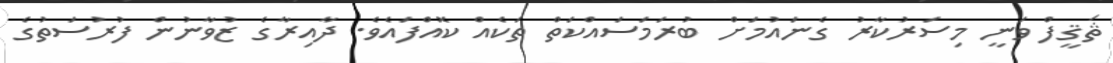
ޘަޤީފް ވަނީ މިސަރުކާރު ގެނައުމަށް ބުރަމަސައްކަތް ތަކެއް ކޮއްފައެވެ. ދާއިރާގެ ޒުވާނުން ފުރުސަތުގެ